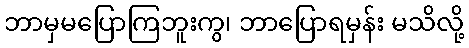
ဘာမှမပြောကြဘူးကွ၊ ဘာပြောရမှန်း မသိလို့